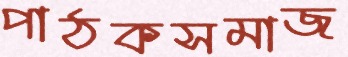
পাঠকসমাজ